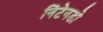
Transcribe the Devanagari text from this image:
निंटेनडो